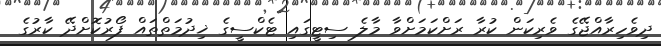
ދިވެހިރާއްޖޭގެ ވެރިކަން ކުރާ ރަށްކަމަށްވާ މާލެ ސިޓީގައި ޓެކްސީގެ ޚިދުމަތްތައް ފޯރުކޮށްދޭ ކާރުގެ